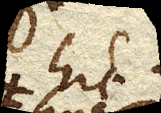
hic expressa est,